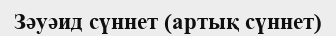
Зәуәид сүннет (артық сүннет)